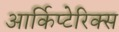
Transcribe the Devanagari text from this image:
आर्किप्टेरिक्स